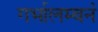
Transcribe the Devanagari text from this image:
गर्भालम्बनं